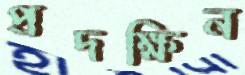
প্রদক্ষিন